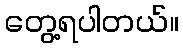
တွေ့ရပါတယ်။